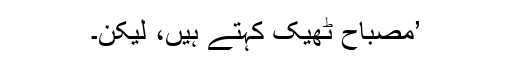
’مصباح ٹھیک کہتے ہیں، لیکن۔